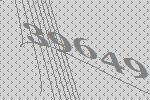
39649